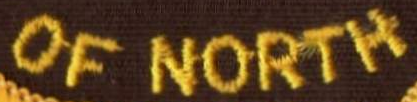
OF NORTH